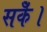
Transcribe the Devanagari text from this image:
सकेँ।